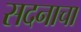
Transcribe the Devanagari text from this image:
सदनाचा